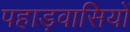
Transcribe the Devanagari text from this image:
पहाड़वासियों